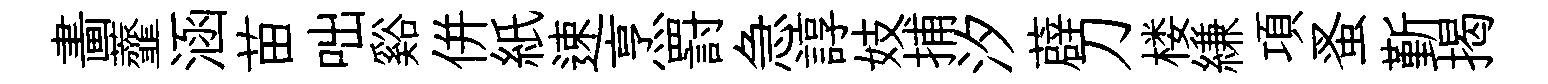
畵虀涵苗咄谿併紙速烹罸急諄妓捕汐薜刀楼縑項蚤斳揭